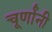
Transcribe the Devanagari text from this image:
चूर्णांनी